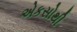
એકસોથી